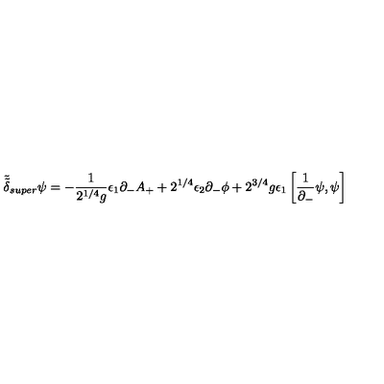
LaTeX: \tilde { \tilde { \delta } } _ { s u p e r } \psi = - { \frac { 1 } { 2 ^ { 1 / 4 } g } } \epsilon _ { 1 } \partial _ { - } A _ { + } + 2 ^ { 1 / 4 } \epsilon _ { 2 } \partial _ { - } \phi + 2 ^ { 3 / 4 } g \epsilon _ { 1 } \left[ { \frac { 1 } { \partial _ { - } } } \psi , \psi \right]